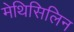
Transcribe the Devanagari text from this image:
मेथिसिलिन